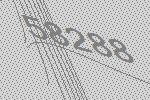
58288